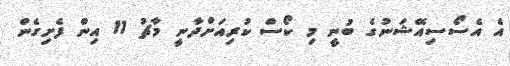
އެ އެސޯސިއޭޝަނުގެ ބުނީ މި ކޯސް ކުރިއަށްދާނީ މާޗު 11 އިން ފެށިގެން